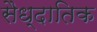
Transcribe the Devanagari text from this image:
सैध्दातिक